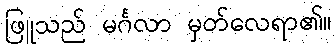
ဖြူသည် မင်္ဂလာ မှတ်လေရာ၏။